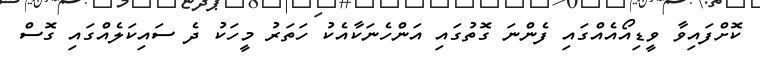
ކޮށްފައިވާ ވީޑިއޯއެއްގައި ފެންނަ ގޮތުގައި އަންހެނަކާއެެކު ހަތަރު މީހަކު ދެ ސަައިކަލެއްގައި ގޮސް